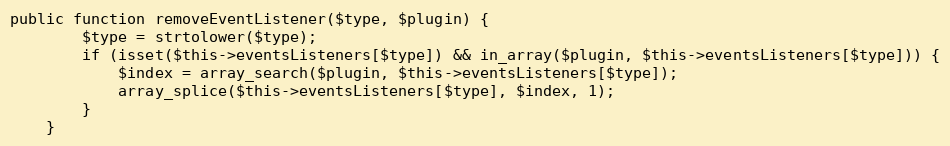
Language: PHP
public function removeEventListener($type, $plugin) {
		$type = strtolower($type);
		if (isset($this->eventsListeners[$type]) && in_array($plugin, $this->eventsListeners[$type])) {
			$index = array_search($plugin, $this->eventsListeners[$type]);
			array_splice($this->eventsListeners[$type], $index, 1);
		}
	}